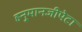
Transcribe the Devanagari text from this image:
हनु्मानजीपेटा